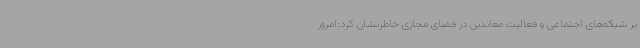
بر شبکه‌های اجتماعی و فعالیت معاندین در فضای مجازی خاطرنشان کرد:امروز